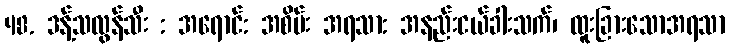
48. ဒန့်သလွန်သီး : အရောင်: အစိမ်း အရသာ: အနည်းငယ်ခါးသက်၊ ထူးခြားသောအရသာ